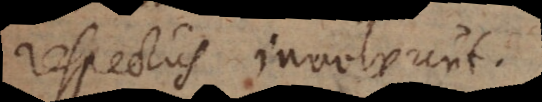
respectus involvunt.